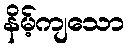
နိမ့်ကျသော